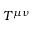
T ^ { \mu \nu }